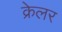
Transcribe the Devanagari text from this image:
क्रेलर